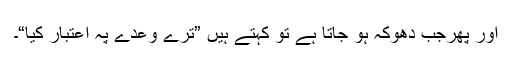
اور پھرجب دھوکہ ہو جاتا ہے تو کہتے ہیں ”ترے وعدے پہ اعتبار کیا“۔